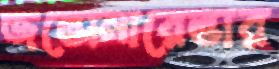
জভোনারেভার